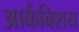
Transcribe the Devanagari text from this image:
आर्कबिशय